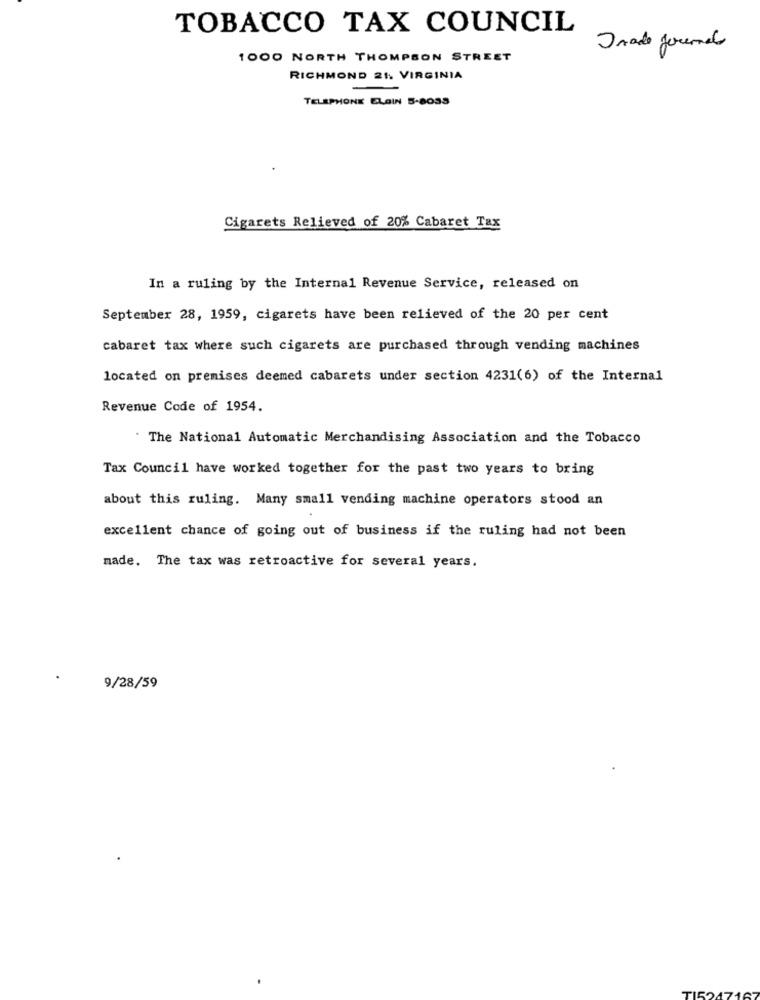
TOBACCO TAX COUNCIL
Trade Jornal
1000 NORTH THOMPSON STREET
RICHMOND 21 VIRGINIA
TELEPHONE ELGIN 5-8033
Cigarets Relieved of 20% Cabaret Tax
In a ruling by the Internal Revenue Service, released on
September 28, 1959, cigarets have been relieved of the 20 per cent
cabaret tax where such cigarets are purchased through vending machines
located on premises deemed cabarets under section 4231(6) of the Internal
Revenue Code of 1954.
The National Automatic Merchandising Association and the Tobacco
Tax Council have worked together for the past two years to bring
about this ruling. Many small vending machine operators stood an
excellent chance of going out of business if the ruling had not been
made. The tax was retroactive for several years.
9/28/59